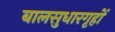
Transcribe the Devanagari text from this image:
बालसुधारगृहों